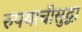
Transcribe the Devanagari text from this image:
रुपयाचीसुद्धा